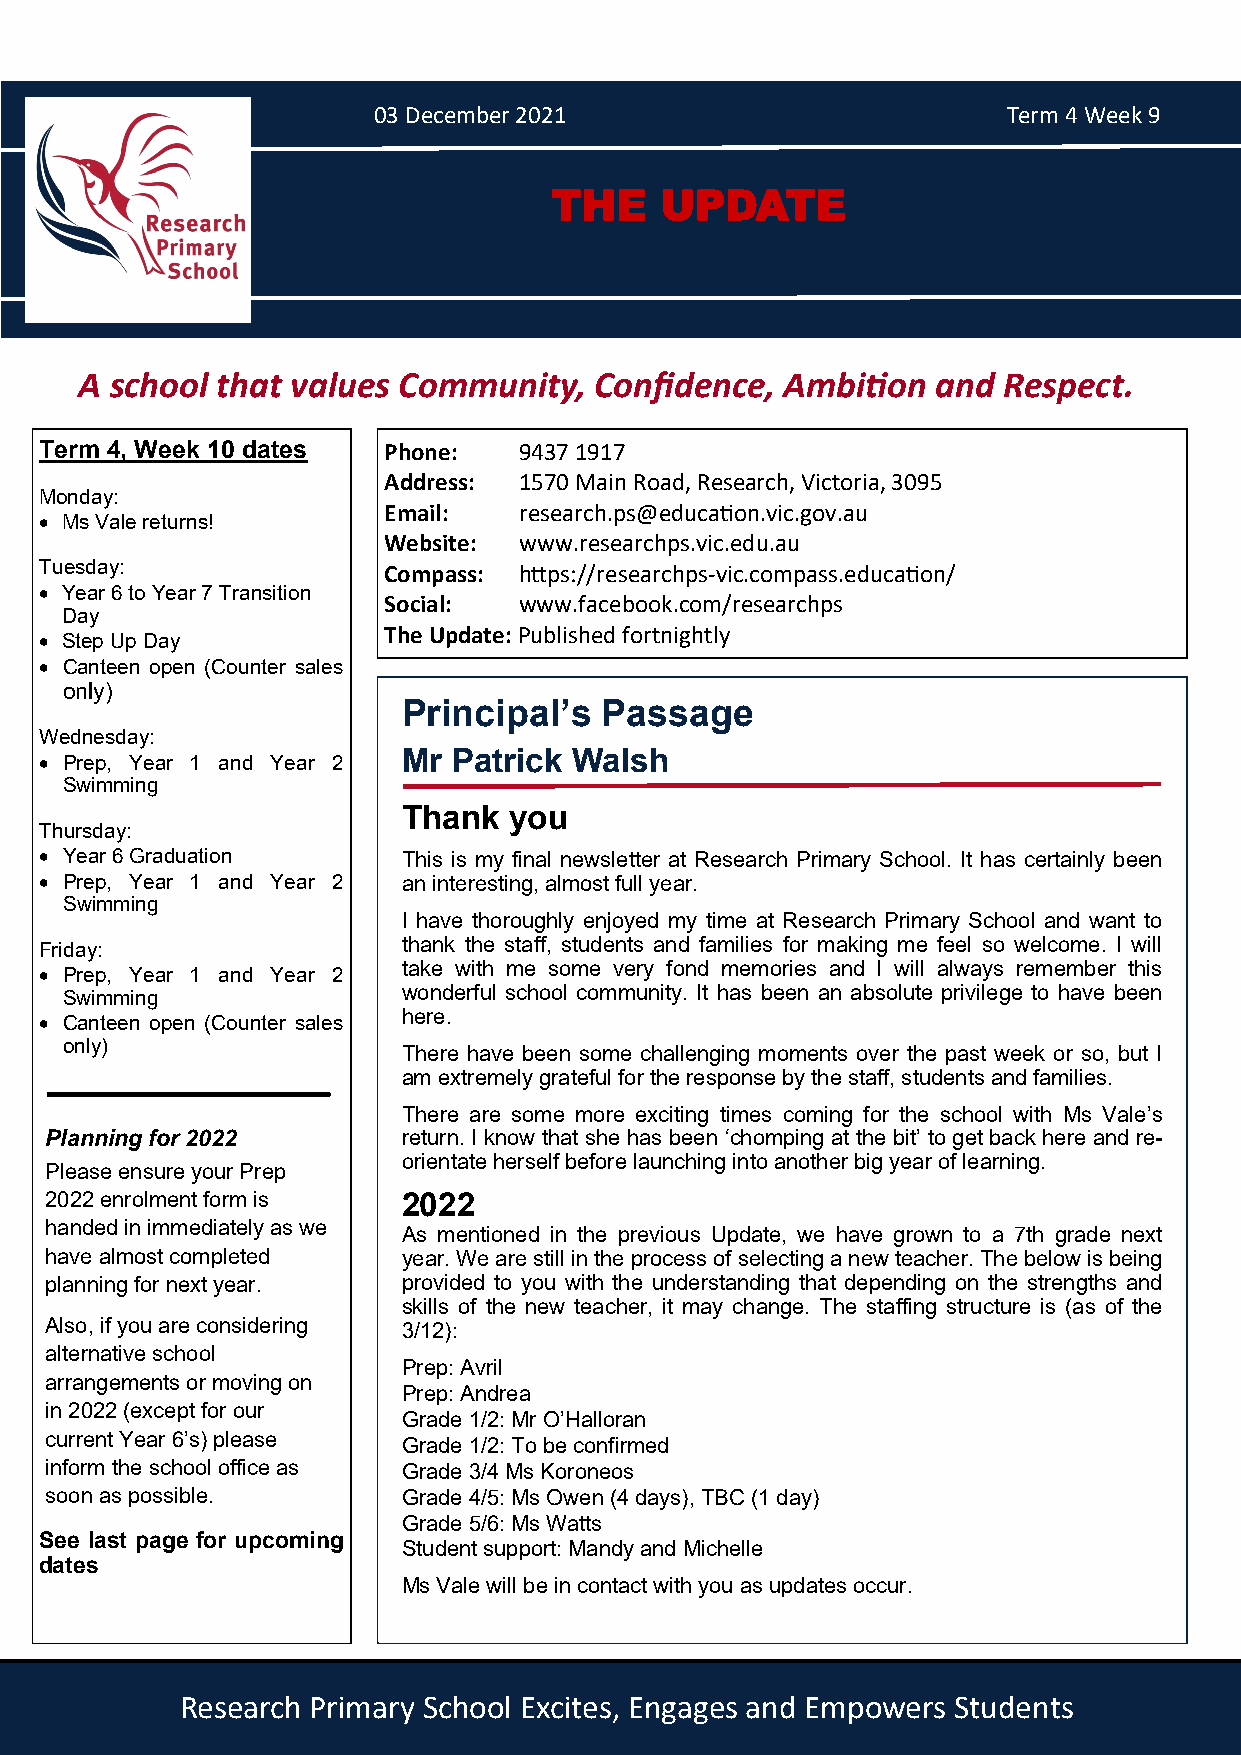
03 December 2021                          Term 4 Week 9
 THE     UPDATE
 A school that values Community,   Confidence,  Ambition  and Respect.
 Term 4, Week 10 dates Phone:   9437 1917
 Address: 1570 Main Road, Research, Victoria, 3095
 Monday:
 Email:   research.ps@education.vic.gov.au
 • Ms Vale returns!
 Website: www.researchps.vic.edu.au
 Tuesday:              Compass: https://researchps-vic.compass.education/
 • Year 6 to Year 7 Transition
 Social:  www.facebook.com/researchps
 Day
 • Step Up Day
 The Update: Published fortnightly
 • Canteen open (Counter sales
 only)
 Principal’s  Passage
 Wednesday:
 Mr Patrick Walsh
 • Prep, Year 1 and Year 2
 Swimming
 Thank  you
 Thursday:
 • Year 6 Graduation     This is my final newsletter at Research Primary School. It has certainly been
 • Prep, Year 1 and Year 2 an interesting, almost full year.
 Swimming
 I have thoroughly enjoyed my time at Research Primary School and want to
 Friday:                 thank the staff, students and families for making me feel so welcome. I will
 take with me some very fond memories and I will always remember this
 • Prep, Year 1 and Year 2
 Swimming               wonderful school community. It has been an absolute privilege to have been
 here.
 • Canteen open (Counter sales
 only)
 There have been some challenging moments over the past week or so, but I
 am extremely grateful for the response by the staff, students and families.
 There are some more exciting times coming for the school with Ms Vale’s
 Planning for 2022       return. I know that she has been ‘chomping at the bit’ to get back here and re-
 orientate herself before launching into another big year of learning.
 Please ensure your Prep
 2022 enrolment form is  2022
 handed in immediately as we
 As mentioned in the previous Update, we have grown to a 7th grade next
 have almost completed   year. We are still in the process of selecting a new teacher. The below is being
 planning for next year. provided to you with the understanding that depending on the strengths and
 skills of the new teacher, it may change. The staffing structure is (as of the
 Also, if you are considering 3/12):
 alternative school
 Prep: Avril
 arrangements or moving on
 Prep: Andrea
 in 2022 (except for our
 Grade 1/2: Mr O’Halloran
 current Year 6’s) please Grade 1/2: To be confirmed
 inform the school office as Grade 3/4 Ms Koroneos
 soon as possible.       Grade 4/5: Ms Owen (4 days), TBC (1 day)
 Grade 5/6: Ms Watts
 See last page for upcoming
 Student support: Mandy and Michelle
 dates
 Ms Vale will be in contact with you as updates occur.
 Research Primary School Excites, Engages and Empowers Students  1